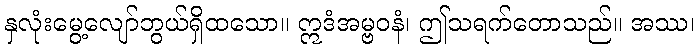
နှလုံးမွေ့လျော်ဘွယ်ရှိထသော။ ဣဒံအမ္ဗဝနံ၊ ဤသရက်တောသည်။ အဿ၊